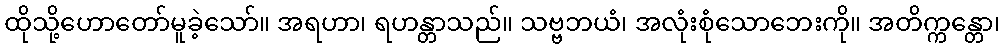
ထိုသို့ဟောတော်မူခဲ့သော်။ အရဟာ၊ ရဟန္တာသည်။ သဗ္ဗဘယံ၊ အလုံးစုံသောဘေးကို။ အတိက္ကန္တော၊